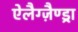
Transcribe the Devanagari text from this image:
ऐलैग्ज़ैण्ड्रा